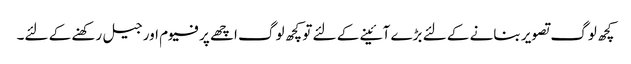
کچھ لوگ تصویر بنانے کے لئے بڑے آئینے کے لئے تو کچھ لوگ اچھے پرفیوم اور جیل رکھنے کے لئے۔